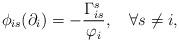
LaTeX: \begin{align*} \phi_{is}(\partial_i)=-\frac{\Gamma_{is}^s}{\varphi_i},\quad\forall s\neq i, \end{align*}